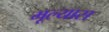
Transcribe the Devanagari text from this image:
मूल्यास